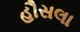
હૌસલા